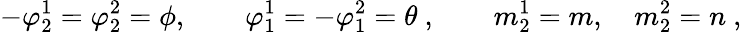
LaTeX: -\varphi_{2}^{1}=\varphi_{2}^{2}=\phi,\qquad\varphi_{1}^{1}=-\varphi_{1}^{2}=\theta~,\qquad m_{2}^{1}=m,\quad m_{2}^{2}=n~,